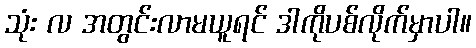
သုံး လ အတွင်းလာမယူရင် ဒါကိုပစ်လိုက်မှာပါ။